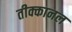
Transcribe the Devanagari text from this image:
तीक्कानल